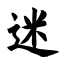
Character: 迷